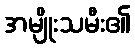
အမျိုးသမီး၏